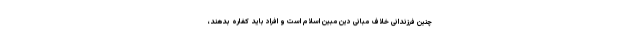
چنین فرزندانی خلاف مبانی دین مبین اسلام است و افراد باید کفاره بدهند،